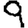
Digit: 9